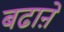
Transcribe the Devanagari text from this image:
बढाऩे